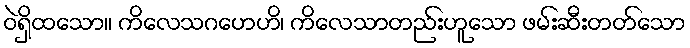
ဝဲရှိထသော။ ကိလေသဂဟေဟိ၊ ကိလေသာတည်းဟူသော ဖမ်းဆီးတတ်သော